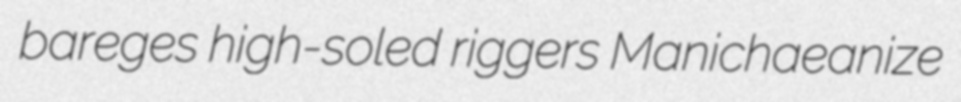
bareges high-soled riggers Manichaeanize